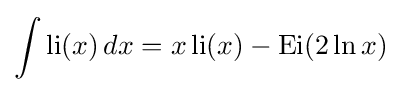
\int \operatorname {li} (x)\,dx=x\operatorname {li} (x)-\operatorname {Ei} (2\ln x)